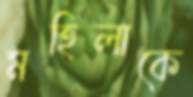
মহিলাকে